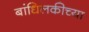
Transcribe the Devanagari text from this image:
बांधिलकीच्या